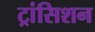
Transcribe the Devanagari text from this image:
ट्रांसिशन